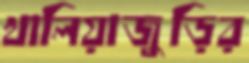
খালিয়াজুড়ির